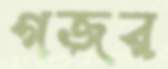
গজর